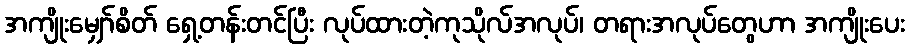
အကျိုးမျှော်စိတ် ရှေ့တန်းတင်ပြီး လုပ်ထားတဲ့ကုသိုလ်အလုပ်၊ တရားအလုပ်တွေဟာ အကျိုးပေး